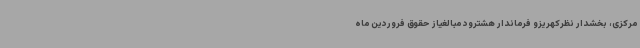
مرکزی، بخشدار نظرکهریزو فرماندار هشترود مبالغیاز حقوق فروردین ماه